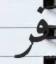
فر